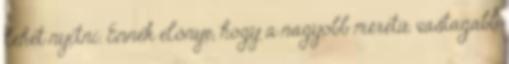
lehet nyitni. Ennek előnye, hogy a nagyobb méretű, vastagabb